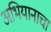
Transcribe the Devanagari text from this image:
अभियानाचा